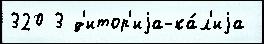
320 3 д'итор'иjа-ка́л'иjа